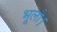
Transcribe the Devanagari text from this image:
भूलौ।